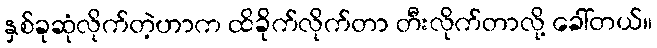
နှစ်ခုဆုံလိုက်တဲ့ဟာက ထိခိုက်လိုက်တာ တီးလိုက်တာလို့ ခေါ်တယ်။